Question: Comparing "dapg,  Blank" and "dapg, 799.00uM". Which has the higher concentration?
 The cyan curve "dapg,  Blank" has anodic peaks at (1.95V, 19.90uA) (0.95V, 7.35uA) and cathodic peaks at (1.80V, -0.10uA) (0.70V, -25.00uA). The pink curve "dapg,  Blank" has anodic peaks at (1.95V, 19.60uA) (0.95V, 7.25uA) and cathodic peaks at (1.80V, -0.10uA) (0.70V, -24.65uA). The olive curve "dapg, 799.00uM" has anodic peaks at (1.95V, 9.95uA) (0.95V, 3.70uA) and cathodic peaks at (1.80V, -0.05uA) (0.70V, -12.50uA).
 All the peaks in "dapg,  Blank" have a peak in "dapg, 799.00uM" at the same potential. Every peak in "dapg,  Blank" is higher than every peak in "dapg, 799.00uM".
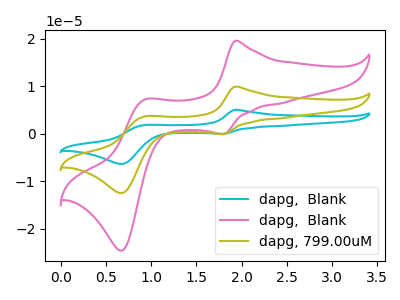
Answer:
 <answer>"dapg,  Blank" has more signal than "dapg, 799.00uM" and so likely has a higher concentration.</answer>
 <eval>more_concentration</eval>